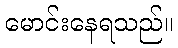
မောင်းနေရသည်။